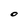
Character: O